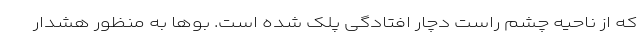
که از ناحیه چشم راست دچار افتادگی پلک شده است. بوها به منظور هشدار